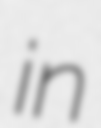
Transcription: in